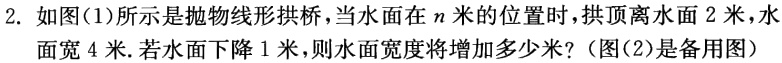
2. 如图(1)所示是抛物线形拱桥，当水面在\(n\)米的位置时，拱顶离水面\(2\)米，水面宽\(4\)米. 若水面下降\(1\)米，则水面宽度将增加多少米？(图(2)是备用图)